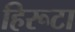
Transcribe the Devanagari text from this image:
हिरूटा